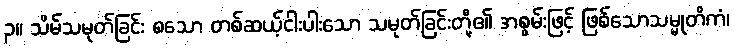
၃။ သိမ်သမုတ်ခြင်း စသော တစ်ဆယ့်ငါးပါးသော သမုတ်ခြင်းတို့၏ အစွမ်းဖြင့် ဖြစ်သောသမ္မုတိကံ၊